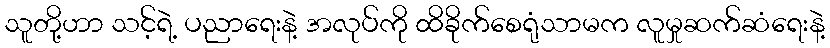
သူတို့ဟာ သင့်ရဲ့ ပညာရေးနဲ့ အလုပ်ကို ထိခိုက်စေရုံသာမက လူမှုဆက်ဆံရေးနဲ့